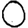
Digit: 0